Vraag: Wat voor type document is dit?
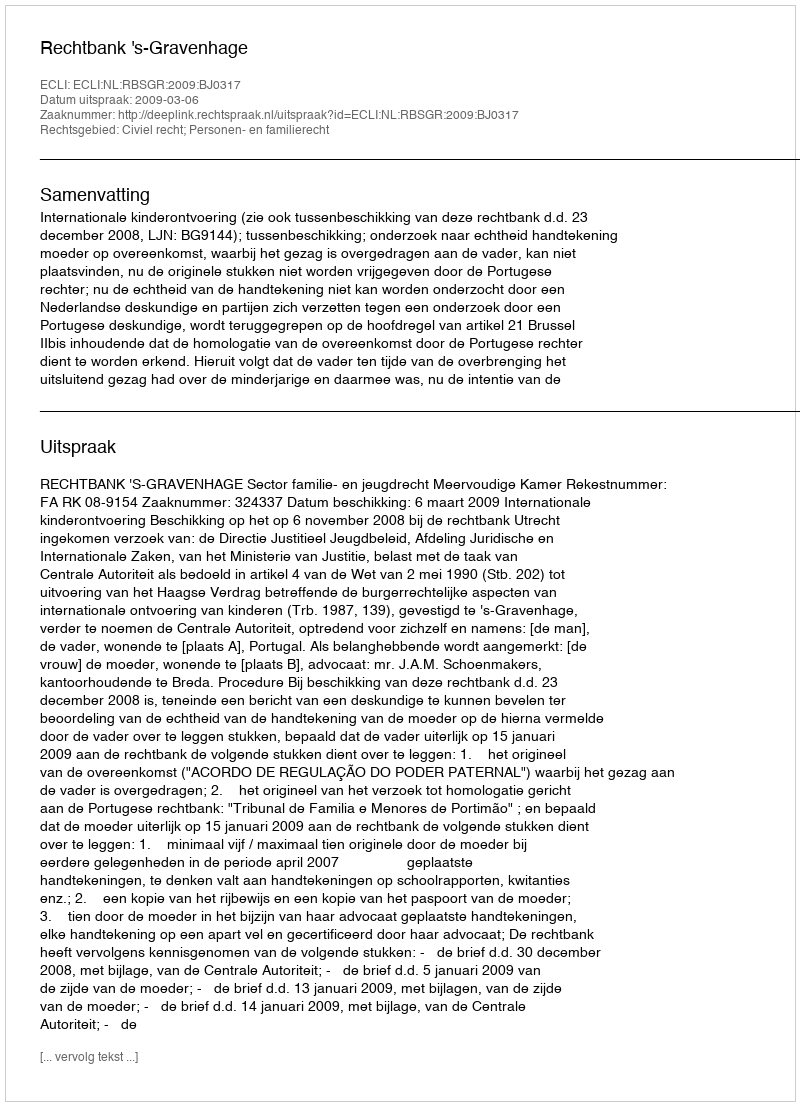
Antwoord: Uitspraak